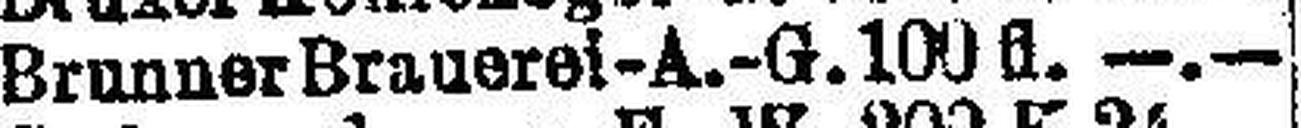
Brunner Brauerei-A.-G. 100 fl. —.—